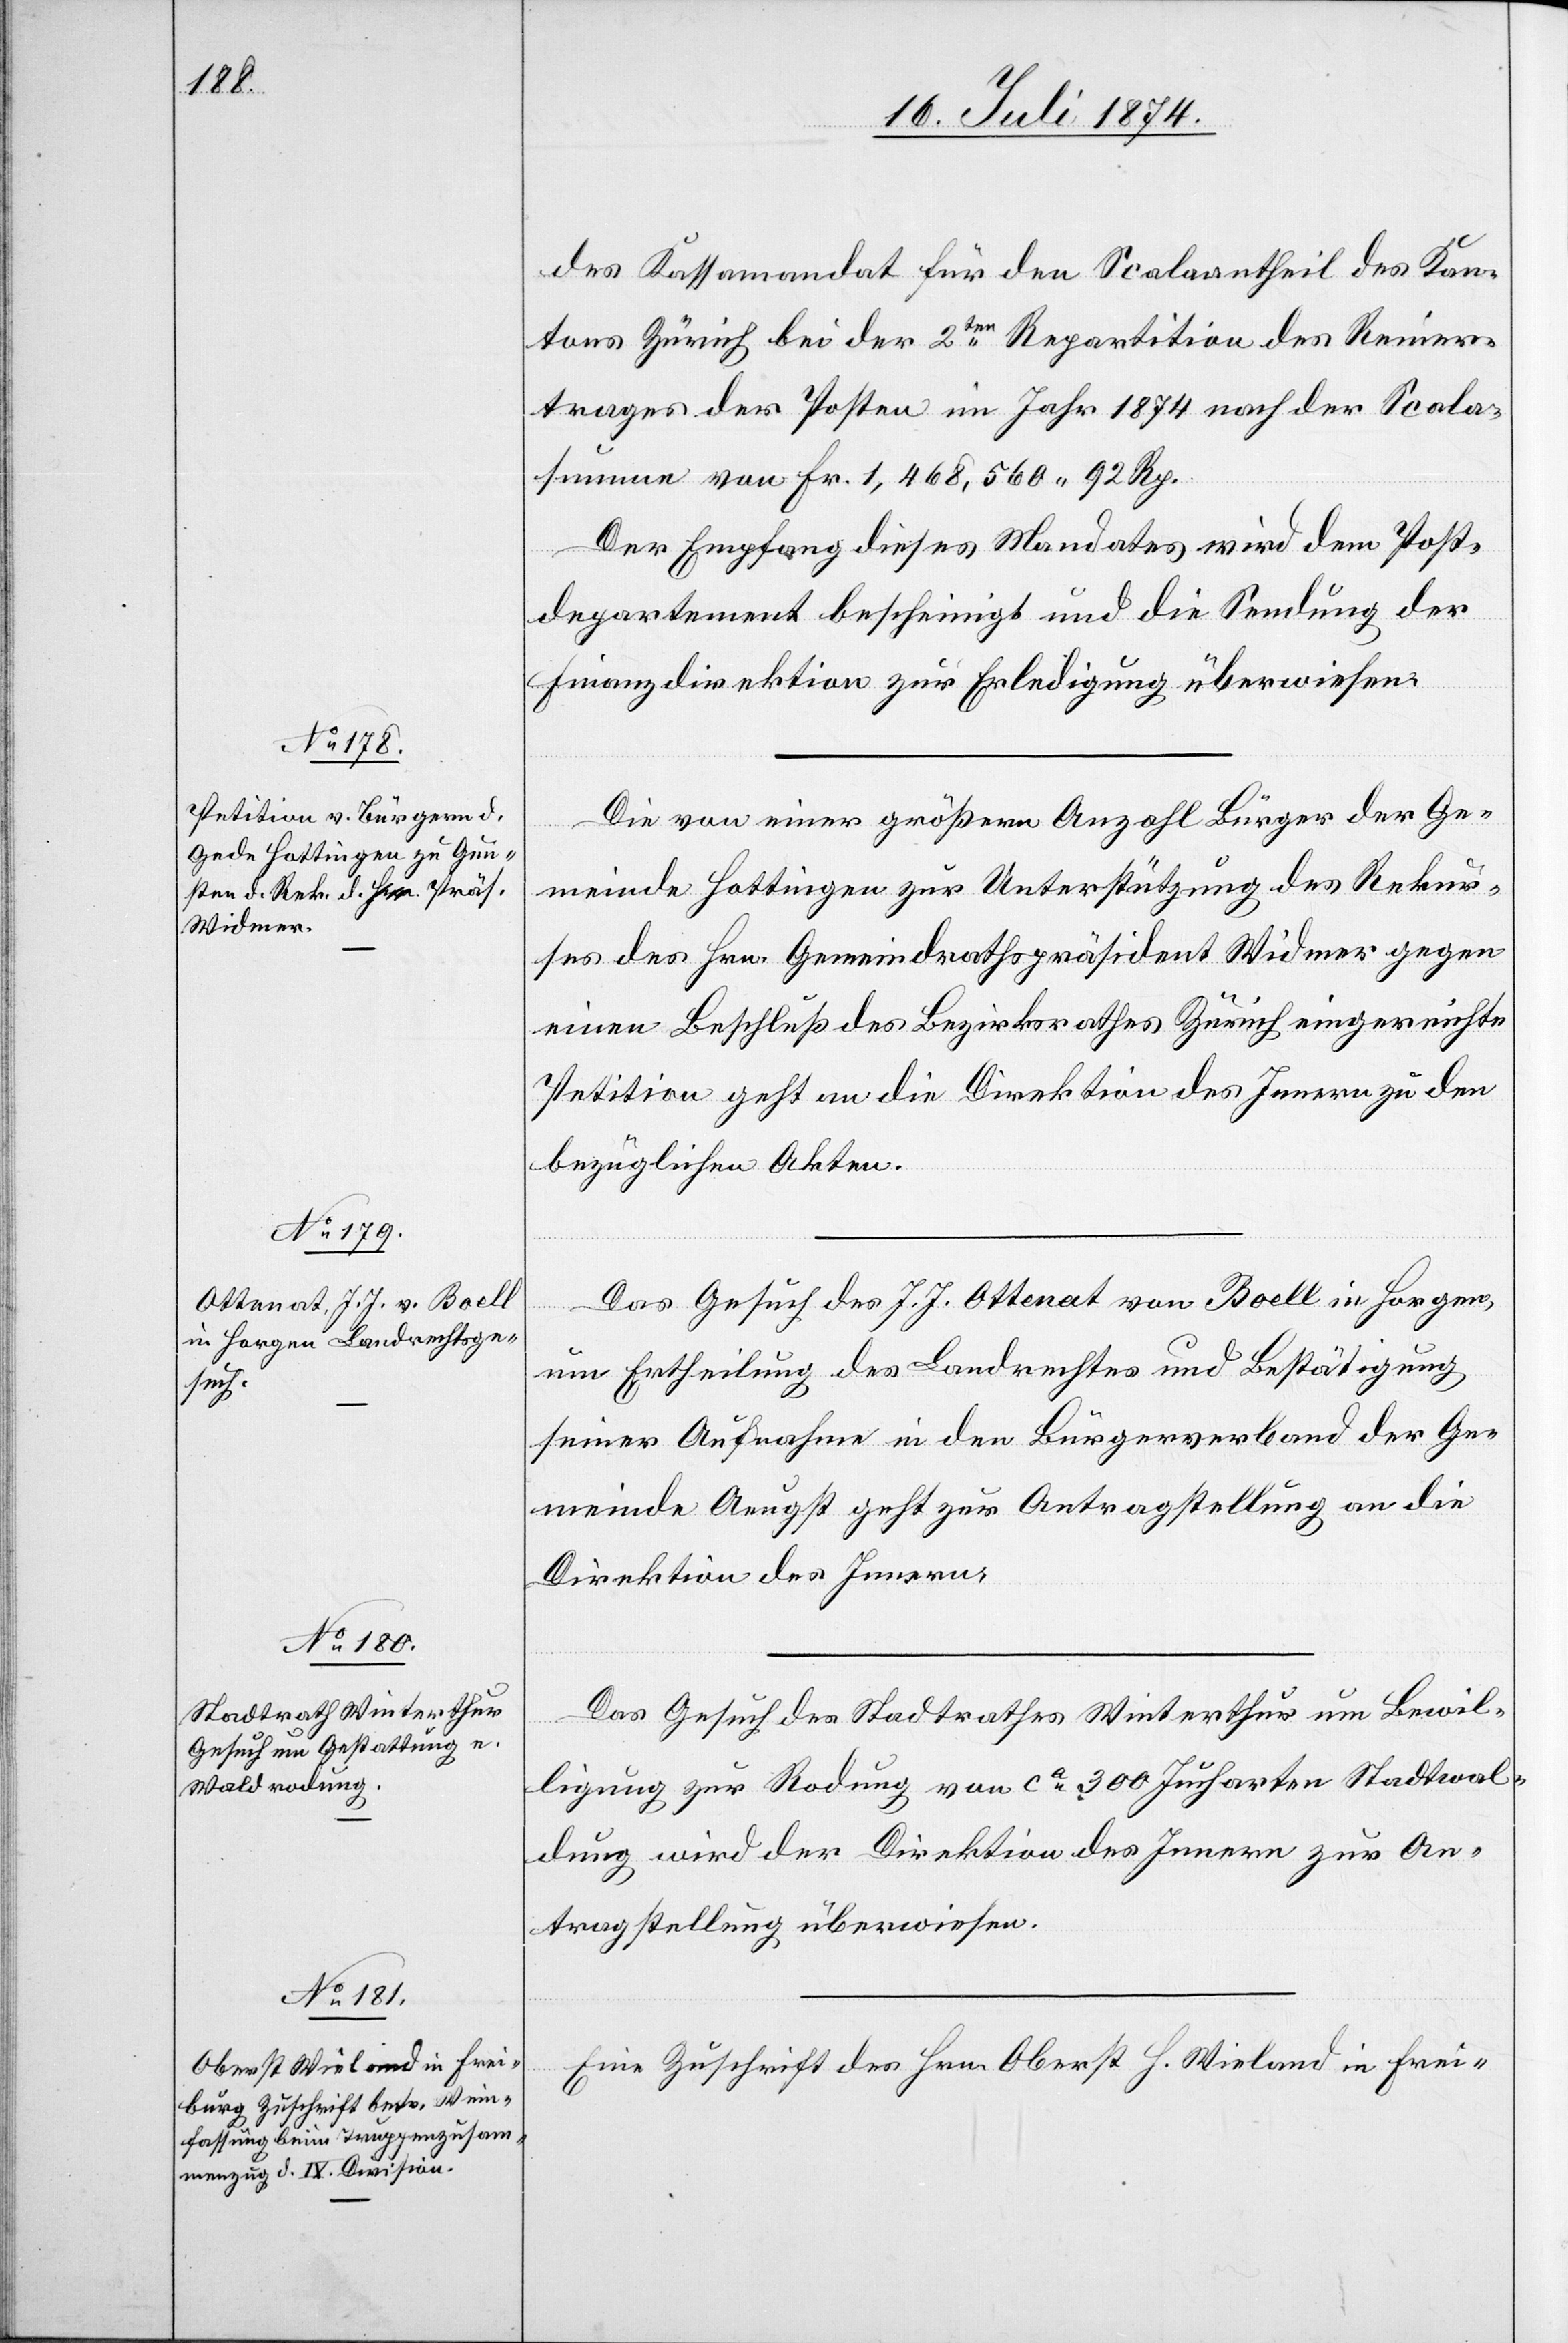
24. Juli 1874.]
des Kassamandat für den Scalaantheil des Kan¬
tons Zürich bei der 2ten Repartition des Reiner¬
trages des Postens im Jahr 1874 nach der Scala¬
summe von Fr. 1,468,560.92 Rp.
Der Empfang dieses Mandates wird dem Post¬
departement bescheinigt und die Sendung der
Finanzdirektion zur Erledigung überwiesen.
Die von einer größern Anzahl Bürger der Ge¬
meinde Hottingen zur Unterstützung des Rekur¬
ses des Hrn. Gemeindrathspräsident Widmer gegen
einen Beschluß des Bezirksrathes Zürich eingereichte
Petition geht an die Direktion des Innern zu den
bezüglichen Akten.
Das Gesuch des J. J. Ottenat von Boell in Horgen,
um Ertheilung des Landrechts und Bestätigung
seiner Aufnahme in den Bürgerverband der Ge¬
meinde Aeugst geht zur Antragstellung an die
Direktion des Innern.
Das Gesuch des Stadtrathes Winterthur um Bewil¬
ligung zur Rodung von ca 300 Jucharten Stadtwal¬
dung wird der Direktion des Innern zur An¬
tragstellung überwiesen.
Eine Zuschrift des Hrn. Oberst H. Wieland in Frei-